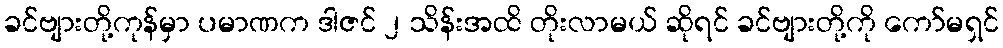
ခင်ဗျားတို့ကုန်မှာ ပမာဏက ဒါဇင် ၂ သိန်းအထိ တိုးလာမယ် ဆိုရင် ခင်ဗျားတို့ကို ကော်မရှင်